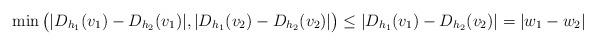
LaTeX: \begin{align*}\min \big{(} |D_{h_1}(v_1) - D_{h_2}(v_1)|, |D_{h_1}(v_2) - D_{h_2}(v_2)|\big{)} \leq | D_{h_1}(v_1) - D_{h_2}(v_2)| = |w_1 - w_2| \end{align*}